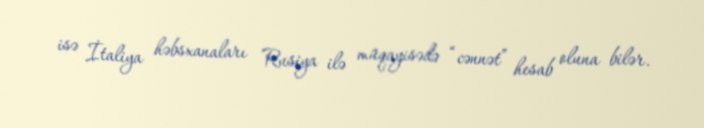
isə İtaliya həbsxanaları Rusiya ilə müqayisədə “cənnət” hesab oluna bilər.